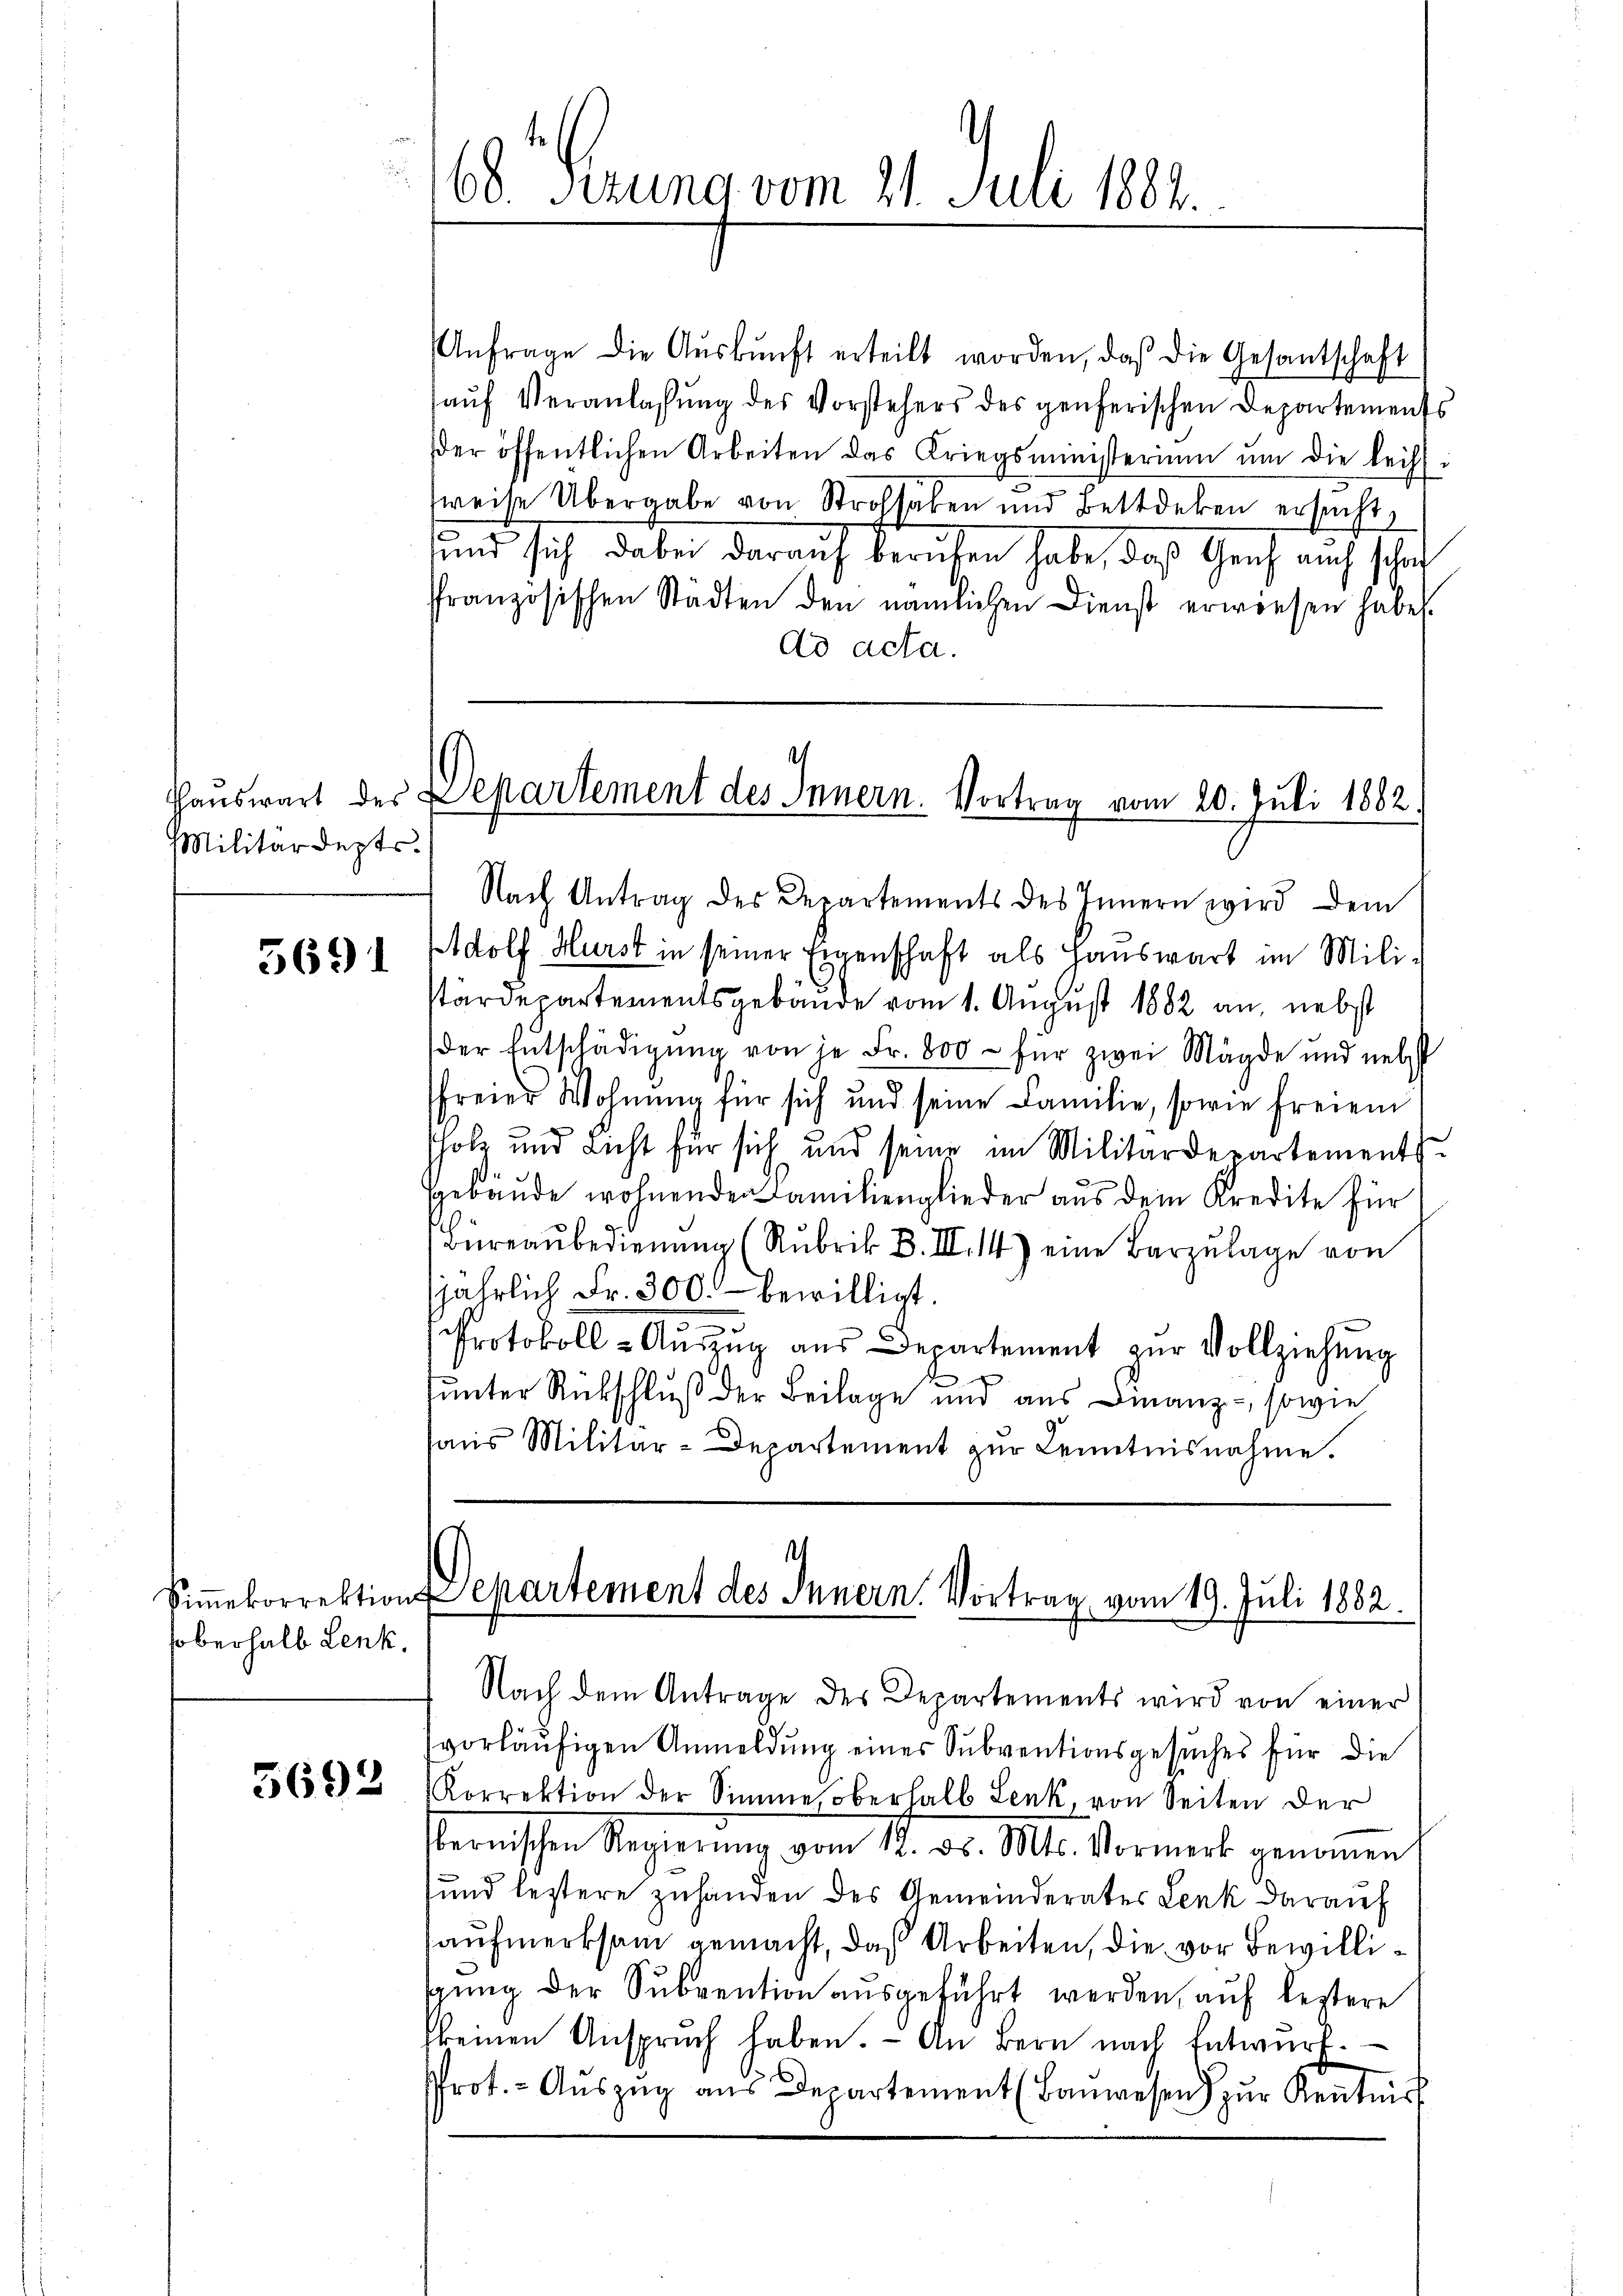
Militärdeptr.

5691

oberhalb Lenk,

5692

168. Verung vom 21. Juli 1882.

Anfrage die Aŭskŭnft erteilt worden, daß die Gesantschaft
aŭf Veranlassŭng des Vorstehers des genferischen Departements
der öffentlichen Arbeiten das Kriegsministerium ŭm die leisti
weise Übergabe von Strohhaben und Bettdeken ersucht,
und sich dabei darauf berufen habe, daß Genf auch schof
französischen Städten den nämlichen Dienst erwiesen habe.
dd acta.

Nach Antrag des Departements des Innern wird dem
Adolf Hurst in seiner Eigenschaft als Hauswart im Mili-
stärdepartementsgebäude vom 1. August 1882 an, nebst
der Entschädigŭng von je Fr. 800 - für zwei Mägde und nebst
freier Wohnung für sich und seine Familie, sowie freiem
sholz und Licht für sich und seine im Militärdepartements
Gebäude wohnenden Familienglieder aus dem Kredite für
Büreaŭbedienŭng (Rubrik B. III. 14) eine Barzŭlage von
jährlich Fr. 300.- bewilligt.
e
Protokoll- Aŭszŭg aŭs Departement zŭr Vollziehung
tunter Rückschluß der Beilage und aus Finanz-, sowie
haŭs Militär-Departement zŭr Kenntnisnahme.

Hauswart der Departement des Innern. Vortrag vom 20. Juli 1882

.
Simekorrektion Departement des Innern. Vortrag vom 19. Juli 1882.

Nach dem Antrage des Departements wird von einer
vorläufigen Anmeldung eines Subventionsgesuches für die
Korrektion der Simmesoberhalb Lenk, von Seiten der
sternischen Regierung vom 11. dr. Mts. Vormerk genommen
sund leztere zuhanden des Gemeinderates Lenk darauf
aŭfmerksam gemacht, daß Arbeiten, die vor Bewilligung der Subvention ausgeführt werden, auf leztere
keinen Ansprŭch haben. An Bern nach Entwurf.
rot. - Aŭszŭg aŭs Departement (Bauwesen) zur Kenntniss